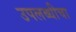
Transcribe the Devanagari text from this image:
उपलब्धीचा